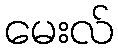
မေးလ်